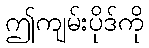
ဤကျမ်းပိုဒ်ကို